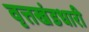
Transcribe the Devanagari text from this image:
वृत्तखंडधारी